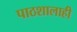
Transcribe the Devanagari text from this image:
पाठशालाही